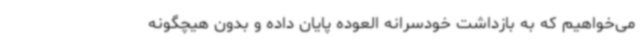
می‌خواهیم که به بازداشت خودسرانه العوده پایان داده و بدون هیچگونه